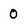
Character: 0